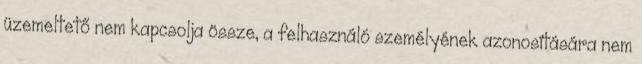
üzemeltető nem kapcsolja össze, a felhasználó személyének azonosítására nem